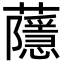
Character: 蘟